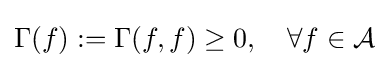
\Gamma (f):=\Gamma (f,f)\geq 0,\quad \forall f\in {\mathcal {A}}